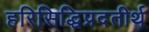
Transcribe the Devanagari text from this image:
हरिसिद्धिप्रदतीर्थ